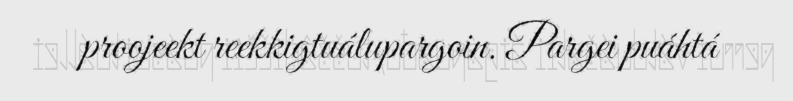
proojeekt reekkigtuálupargoin. Pargei puáhtá